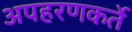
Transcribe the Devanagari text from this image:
अपहरणकर्ते